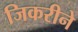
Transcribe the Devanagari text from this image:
जिकरीने